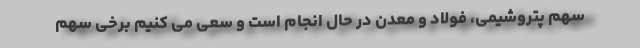
سهم پتروشیمی، فولاد و معدن در حال انجام است و سعی می کنیم برخی سهم